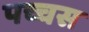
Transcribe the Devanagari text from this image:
पच्चस